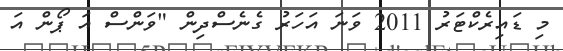
މި ޑައިރެކްޓަރު 2011 ވަނަ އަހަރު ގެނެސްދިން "ވަންސް އަ ޕޯން އަ